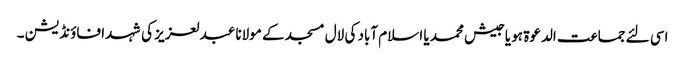
اسی لئے جماعت الدعوۃ ہو یا جیش محمد یا اسلام آباد کی لال مسجد کے مولانا عبدلعزیز کی شہدا فاؤنڈیشن ۔